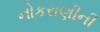
નોકરાણીની